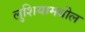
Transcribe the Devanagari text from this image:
लुशियामधील